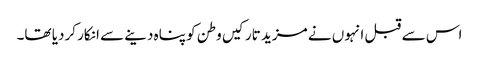
اس سے قبل انہوں نے مزید تارکیں وطن کو پناہ دینے سے انکار کردیا تھا۔